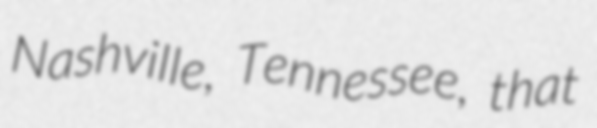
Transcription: Nashville, Tennessee, that